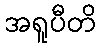
အရူပီတိ